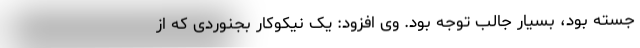
جسته بود، بسیار جالب توجه بود. وی افزود: یک نیکوکار بجنوردی که از